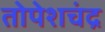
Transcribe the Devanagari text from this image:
तोपेशचंद्र